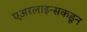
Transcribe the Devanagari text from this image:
एअरलाइन्सकडून